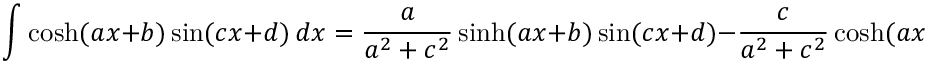
\int \cosh ( a x + b ) \sin ( c x + d ) \, d x = { \frac { a } { a ^ { 2 } + c ^ { 2 } } } \sinh ( a x + b ) \sin ( c x + d ) - { \frac { c } { a ^ { 2 } + c ^ { 2 } } } \cosh ( a x + b ) \cos ( c x + d ) + C